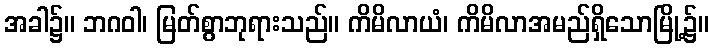
အခါ၌။ ဘဂဝါ၊ မြတ်စွာဘုရားသည်။ ကိမိလာယံ၊ ကိမိလာအမည်ရှိသောမြို့၌။